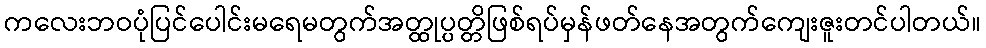
ကလေးဘဝပုံပြင်ပေါင်းမရေမတွက်အတ္ထုပ္ပတ္တိဖြစ်ရပ်မှန်ဖတ်နေအတွက်ကျေးဇူးတင်ပါတယ်။